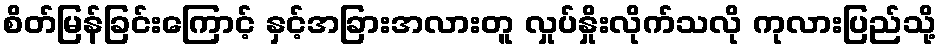
စိတ်မြန်ခြင်းကြောင့် နှင့်အခြားအလားတူ လှုပ်နှိုးလိုက်သလို ကုလားပြည်သို့